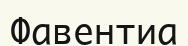
Фавентиа